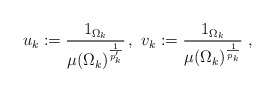
\begin{align*}u_{k}:=\frac{1_{\Omega_{k}}}{\mu(\Omega_k)^{\frac{1}{p_k'}}}\, ,\,\,v_{k}:=\frac{1_{\Omega_{k}}}{\mu(\Omega_k)^{\frac{1}{p_k}}}\,\,, \end{align*}